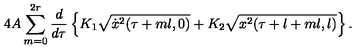
4 A \sum _ { m = 0 } ^ { 2 r } \frac { d } { d \tau } \left\{ K _ { 1 } \sqrt { \dot { x } ^ { 2 } ( \tau + m l , 0 ) } + K _ { 2 } \sqrt { x ^ { 2 } ( \tau + l + m l , l ) } \right\} .